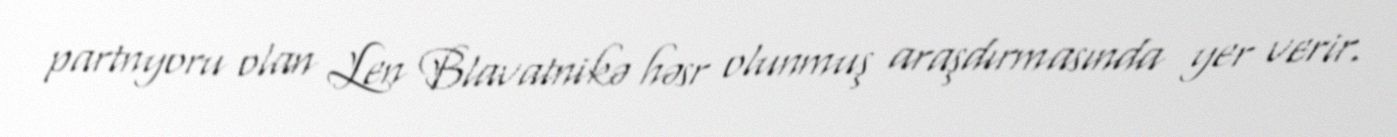
partnyoru olan Len Blavatnikə həsr olunmuş araşdırmasında yer verir.